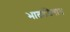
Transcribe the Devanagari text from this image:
भाताशिवाय